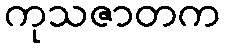
ကုသဇာတက